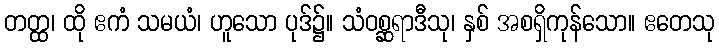
တတ္ထ၊ ထို ဧကံ သမယံ၊ ဟူသော ပုဒ်၌။ သံဝစ္ဆရာဒီသု၊ နှစ် အစရှိကုန်သော။ ဧတေသု